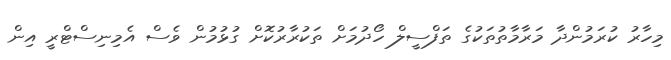
މިހާރު ކުރަމުންދާ މަރާމާތުތަކުގެ ތަފްސީލް ހޯދުމަށް ތަކުރާރުކޮށް ގުޅުމުން ވެސް އެމިނިސްޓްރީ އިން